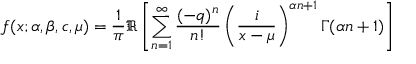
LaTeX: f ( x ; \alpha , \beta , c , \mu ) = { \frac { 1 } { \pi } } \Re \left[ \sum _ { n = 1 } ^ { \infty } { \frac { ( - q ) ^ { n } } { n ! } } \left( { \frac { i } { x - \mu } } \right) ^ { \alpha n + 1 } \Gamma ( \alpha n + 1 ) \right]